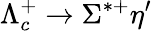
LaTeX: \Lambda_{c}^{+}\to\Sigma^{*+}\eta^{\prime}